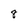
Character: 8